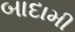
બાદામી